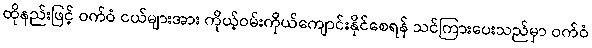
ထိုနည်းဖြင့် ဝက်ဝံ ငယ်များအား ကိုယ့်ဝမ်းကိုယ်ကျောင်းနိုင်စေရန် သင်ကြားပေးသည်မှာ ဝက်ဝံ